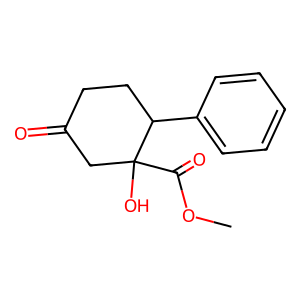
SMILES: COC(=O)C1(O)CC(=O)CCC1c1ccccc1
Inhibits HIV replication: No